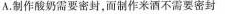
A.制作酸奶需要密封，而制作米酒不需要密封